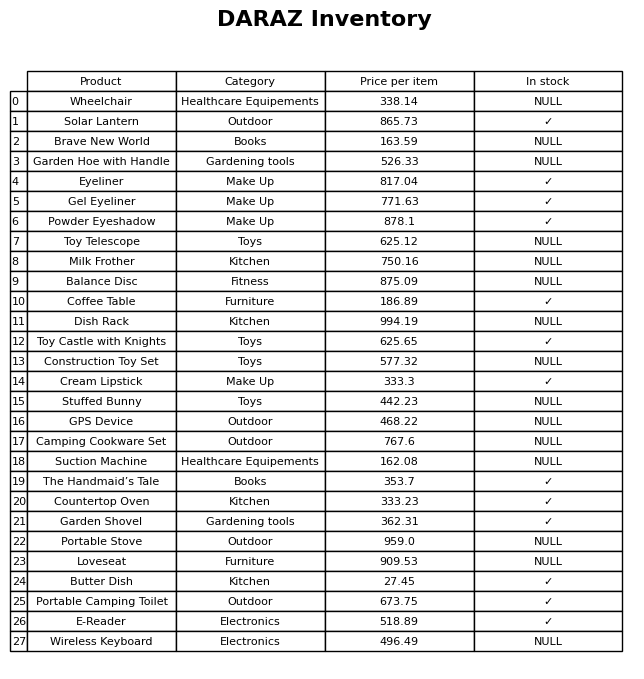
question: Which products are currently out of stock?
answer: Wheelchair, Brave New World, Garden Hoe with Handle, Toy Telescope, Milk Frother, Balance Disc, Dish Rack, Construction Toy Set, Stuffed Bunny, GPS Device, Camping Cookware Set, Suction Machine, Portable Stove, Loveseat, Wireless Keyboard